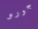
جورو